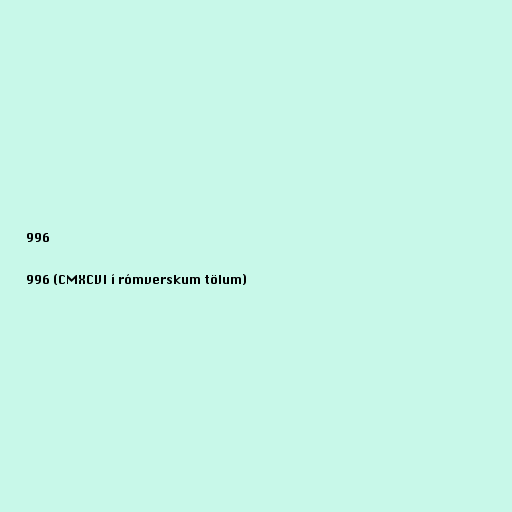
996

996 (CMXCVI í rómverskum tölum)